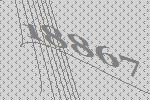
18867